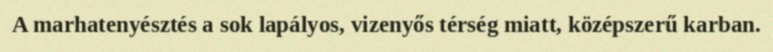
A marhatenyésztés a sok lapályos, vizenyős térség miatt, középszerű karban.